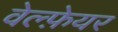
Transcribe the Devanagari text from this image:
वेल्फ़ेयर